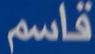
قاسم